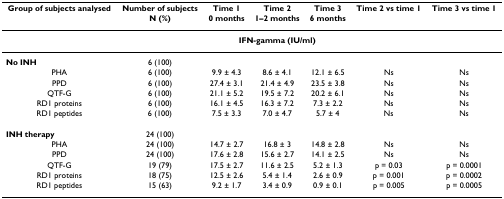
| Group of subjects analysed | Number of subjectsN (%) | Time 10 months | Time 21–2 months | Time 36 months | Time 2 vs time 1 | Time 3 vs time 1 |
 | --- | --- | --- | --- | --- | --- | --- |
 |  |  | <COLSPAN=3> IFN-gamma (IU/ml) |  |  |
 | No INH | 6 (100) |  |  |  |  |  |
 | PHA | 6 (100) | 9.9 ± 4.3 | 8.6 ± 4.1 | 12.1 ± 6.5 | Ns | Ns |
 | PPD | 6 (100) | 27.4 ± 3.1 | 21.4 ± 4.9 | 23.5 ± 3.8 | Ns | Ns |
 | QTF-G | 6 (100) | 21.1 ± 5.2 | 19.5 ± 7.2 | 20.2 ± 6.1 | Ns | Ns |
 | RD1 proteins | 6 (100) | 16.1 ± 4.5 | 16.3 ± 7.2 | 7.3 ± 2.2 | Ns | Ns |
 | RD1 peptides | 6 (100) | 7.5 ± 3.3 | 7.0 ± 4.7 | 5.7 ± 4 | Ns | Ns |
 | INH therapy | 24 (100) |  |  |  |  |  |
 | PHA | 24 (100) | 14.7 ± 2.7 | 16.8 ± 3 | 14.8 ± 2.8 | Ns | Ns |
 | PPD | 24 (100) | 17.6 ± 2.8 | 15.6 ± 2.7 | 14.1 ± 2.5 | Ns | Ns |
 | QTF-G | 19 (79) | 17.5 ± 2.7 | 11.6 ± 2.5 | 5.2 ± 1.3 | p = 0.03 | p = 0.0001 |
 | RD1 proteins | 18 (75) | 12.5 ± 2.6 | 5.4 ± 1.4 | 2.6 ± 0.9 | p = 0.001 | p = 0.0002 |
 | RD1 peptides | 15 (63) | 9.2 ± 1.7 | 3.4 ± 0.9 | 0.9 ± 0.1 | p = 0.005 | p = 0.0005 |